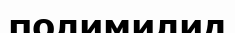
полимилид